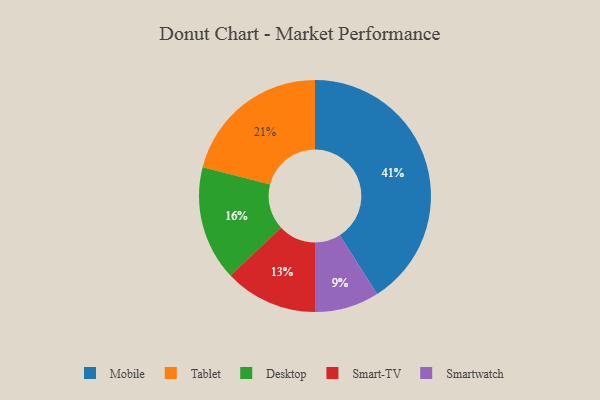
{"axis": {"x": "Category", "y": "Percentage"}, "legend": ["Desktop", "Mobile", "Smart-TV", "Smartwatch", "Tablet"], "data": [{"x": "Smart-TV", "y": 13, "type": "Smart-TV"}, {"x": "Mobile", "y": 41, "type": "Mobile"}, {"x": "Tablet", "y": 21, "type": "Tablet"}, {"x": "Smartwatch", "y": 9, "type": "Smartwatch"}, {"x": "Desktop", "y": 16, "type": "Desktop"}]}